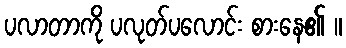
ပလာတာကို ပလုတ်ပလောင်း စားနေ၏ ။